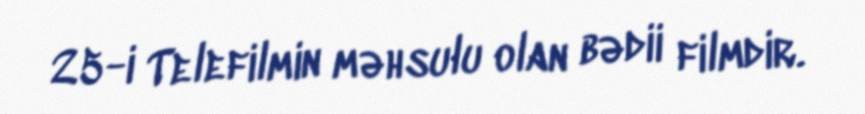
25-i Telefilmin məhsulu olan bədii filmdir.